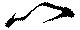
以